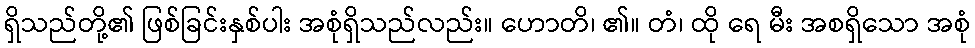
ရှိသည်တို့၏ ဖြစ်ခြင်းနှစ်ပါး အစုံရှိသည်လည်း။ ဟောတိ၊ ၏။ တံ၊ ထို ရေ မီး အစရှိသော အစုံ